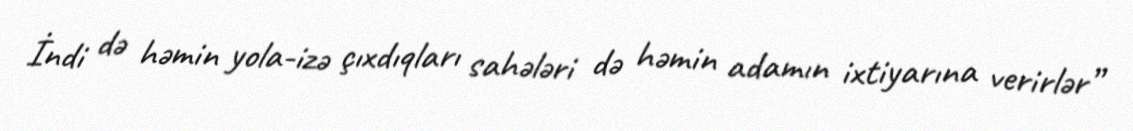
İndi də həmin yola-izə çıxdıqları sahələri də həmin adamın ixtiyarına verirlər”